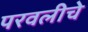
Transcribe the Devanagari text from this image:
परवलीचे